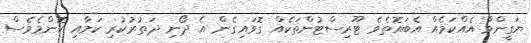
ޔަގީންވާ އެއްކަމެއް އެބައޮތެވެ ޓޫރިސްޓުންތަކެއް ގޮވައިގެން އެ ދޯނި ދަތުރުކުރި ކަމާއި ކޮންމެވެސް